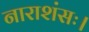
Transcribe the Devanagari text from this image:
नाराशंसः।